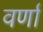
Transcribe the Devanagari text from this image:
वर्णां